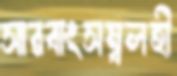
সারবাংসম্বলহী